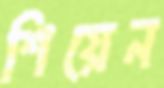
শিয়েন